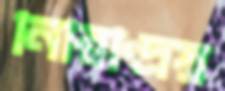
নিরিন্দ্রিয়